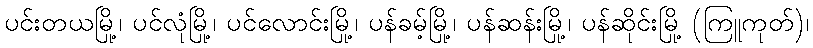
ပင်းတယမြို့၊ ပင်လုံမြို့၊ ပင်လောင်းမြို့၊ ပန်ခမ့်မြို့၊ ပန်ဆန်းမြို့၊ ပန်ဆိုင်းမြို့ (ကြူကုတ်)၊